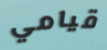
قيامي